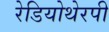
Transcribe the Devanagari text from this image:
रेडियोथेरपी